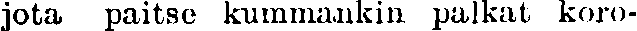
jota paitse kummankin palkat koro-